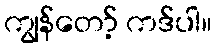
ကျွန်တော့် ကဒ်ပါ။